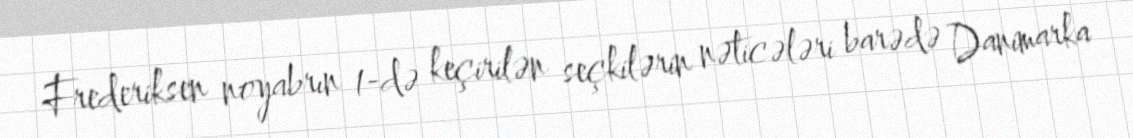
Frederiksen noyabrın 1-də keçirilən seçkilərin nəticələri barədə Danimarka